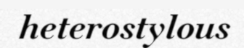
heterostylous